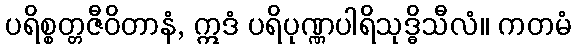
ပရိစ္စတ္တဇီဝိတာနံ, ဣဒံ ပရိပုဏ္ဏပါရိသုဒ္ဓိသီလံ။ ကတမံ